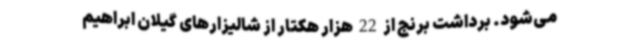
می‌شود. برداشت برنج از 22 هزار هکتار از شالیزارهای گیلان ابراهیم